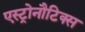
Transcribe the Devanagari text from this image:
एस्ट्रोनौटिक्स